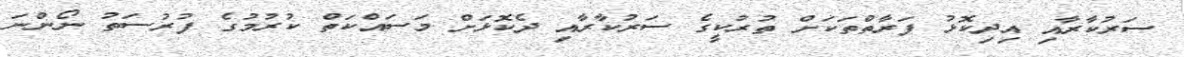
ސަރުކާރާއި އިދިކޮޅު ފަރާތްތަކަށް ތުރުކީގެ ސަރުކާރާއި ދެކޮޅަށް މަސައްކަތް ކުރުމުގެ ފުރުސަތު ނޯންނަ